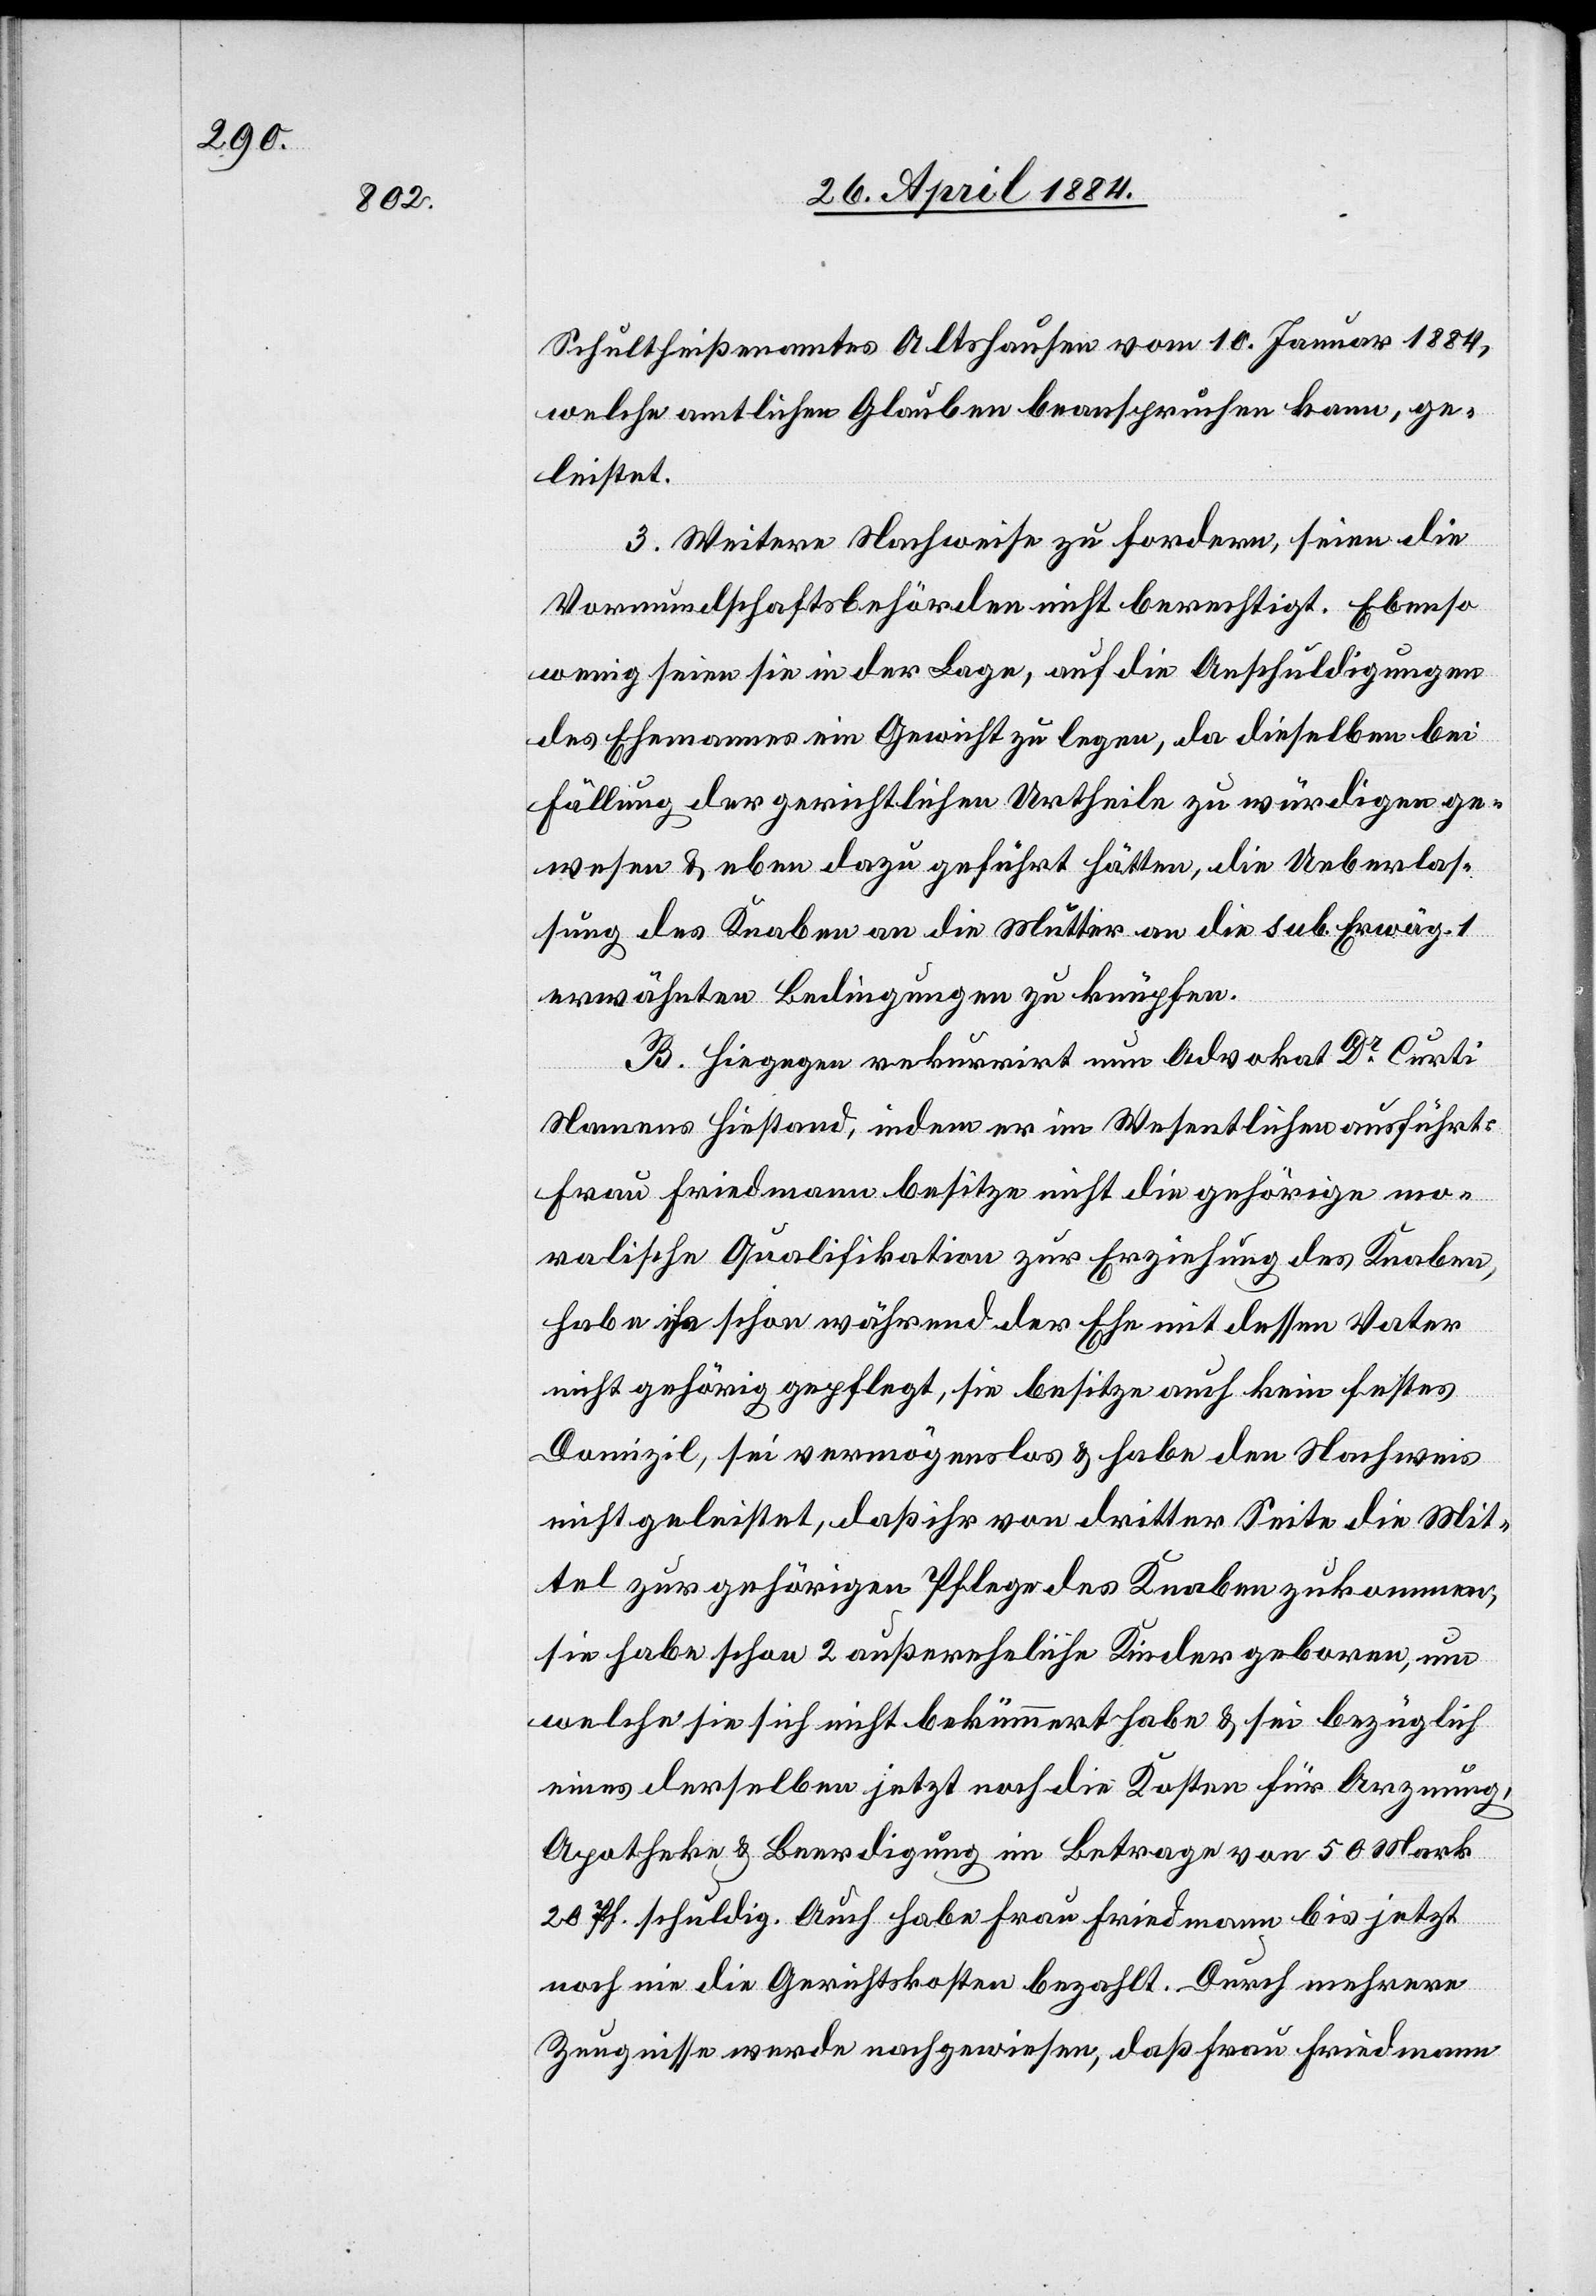
Schultheißenamtes Altshausen vom 10. Januar 1884,
welche amtlichen Glauben beanspruchen kann, ge¬
leistet.
3. Weitere Nachweise zu fordern, seien die
Vormundschaftsbehörden nicht berechtigt. Ebenso
wenig seien sie in der Lage, auf die Anschuldigungen
des Ehemannes ein Gewicht zu legen, da dieselben bei
Fällung der gerichtlichen Urtheile zu würdigen ge¬
wesen & eben dazu geführt hätten, die Ueberlas¬
sung des Knaben an die Mutter an die sub. Erwäg. 1
erwähnten Bedingung zu knüpfen.
B. Hiegegen rekurrirt nun Advokat Dr Curti
Namens Hiestand, indem er im Wesentlichen ausführt,
Frau Friedmann besitze nicht die gehörige mo¬
ralische Qualifikation zur Erziehung des Knaben,
habe ihn schon während der Ehe mit dessen Vater
nicht gehörig gepflegt, sie besitze auch kein festes
Domizil, sei vermögenslos & habe den Nachweis
geleistet, daß ihr von dritter Seite die Mit¬
tel zur gehörigen Pflege des Knaben zukommen,
sie habe schon 2 außereheliche Kinder geboren, um
welche sie sich nicht bekümmert habe & sei bezüglich
eines derselben jetzt noch die Kosten für Arznung,
Apotheke & Beerdigung im Betrage von 50 Mark
20 Pf. schuldig. Auch habe Frau Friedmann bis jetzt
noch nie die Gerichtskosten bezahlt. Durch mehrere
Zeugnisse werde nachgewiesen, daß Frau Friedmann